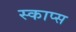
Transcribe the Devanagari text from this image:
स्काप्स